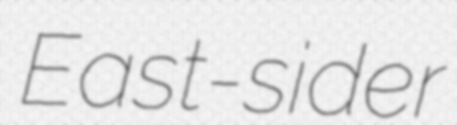
East-sider